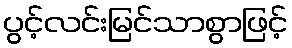
ပွင့်လင်းမြင်သာစွာဖြင့်